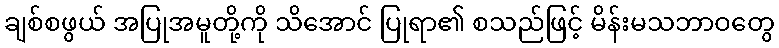
ချစ်စဖွယ် အပြုအမူတို့ကို သိအောင် ပြုရာ၏ စသည်ဖြင့် မိန်းမသဘာဝတွေ